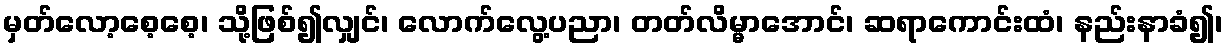
မှတ်လော့စေ့စေ့၊ သို့ဖြစ်၍လျှင်၊ လောက်လွေ့ပညာ၊ တတ်လိမ္မာအောင်၊ ဆရာကောင်းထံ၊ နည်းနာခံ၍၊